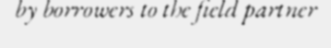
by borrowers to the field partner